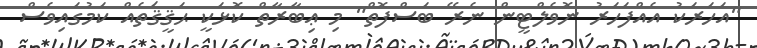
"އަހަރަކު އެއްފަހަރު ނޮވެލްޓީން ނެރޭ ބަސްފޮތް" މި ޢިބާރާތް ކޮޅަކީ ޙަޤީޤަތެއް ކަމުގައިވެސް